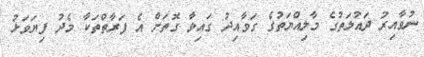
ނުވާއިރު ދައުލަތުގެ މާލިއްޔަތުގެ ގަވާއިދު ގައިވާ ގޮތަށް އެ ފަރާތްތަކާ މެދު ފިޔަވަޅު